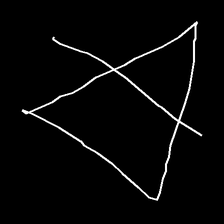
Glyph: empower